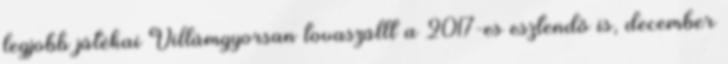
legjobb játékai Villámgyorsan tovaszállt a 2017-es esztendő is, december